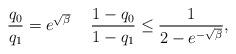
LaTeX: \begin{align*}\frac{q_0}{q_1} = e^{\sqrt \beta}\,\,\, \,\,\,\, \frac{1 - q_0}{1 - q_1} \le \frac{1}{2- e^{-\sqrt{\beta}}},\end{align*}